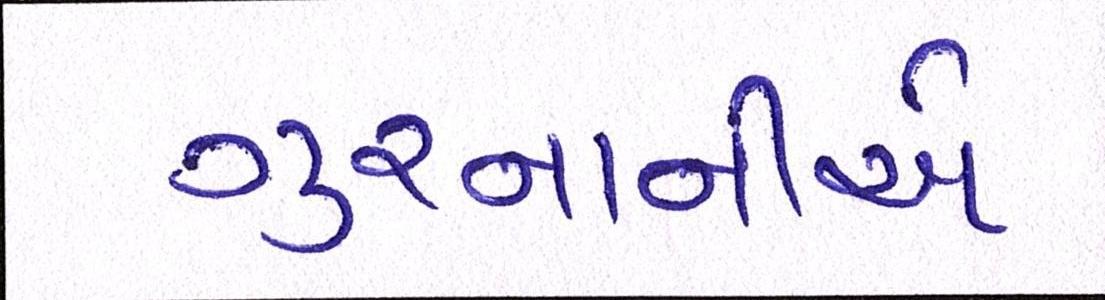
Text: ગુરનાનીએ